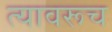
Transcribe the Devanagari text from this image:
त्यावरूच